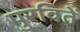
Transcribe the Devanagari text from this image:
पुरवितें